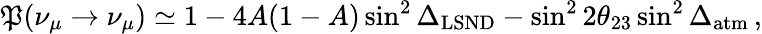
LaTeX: \mathfrak{P}(\nu_{\mu}\to\nu_{\mu})\simeq1-4A(1-A)\sin^{2}\Delta_{\mathrm{{LSND}}}-\sin^{2}2\theta_{23}\sin^{2}\Delta_{\mathrm{{atm}}}\, ,